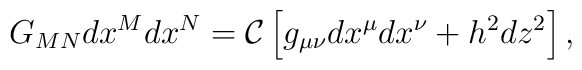
G_{MN}dx^Mdx^N={\cal C}\left[g_{\mu\nu}dx^{\mu}dx^{\nu}+h^2dz^2\right],